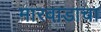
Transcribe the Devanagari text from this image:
मारवाडाचा